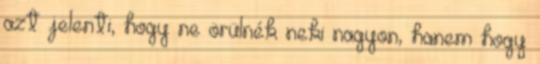
azt jelenti, hogy ne örülnék neki nagyon, hanem hogy